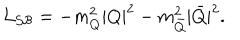
{ \cal L _ { S B } } = - m _ { Q } ^ { 2 } | Q | ^ { 2 } - m _ { \bar { Q } } ^ { 2 } | \bar { Q } | ^ { 2 } .